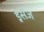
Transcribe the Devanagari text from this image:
ड्रेसेज